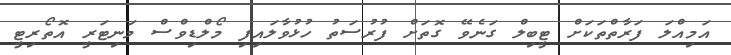
އަމިއްލަ ފަރާތްތަކަށް ޓީބިލް ގަނެވޭ ގޮތަށް ފުރުސަތު ހުޅުވާލައިފި މޯލްޑިވްސް މަނިޓަރީ އޮތޯރިޓީ